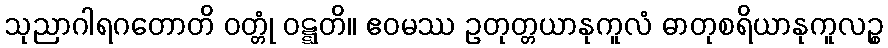
သုညာဂါရဂတောတိ ဝတ္တုံ ဝဋ္ဋတိ။ ဧဝမဿ ဥတုတ္တယာနုကူလံ ဓာတုစရိယာနုကူလဉ္စ